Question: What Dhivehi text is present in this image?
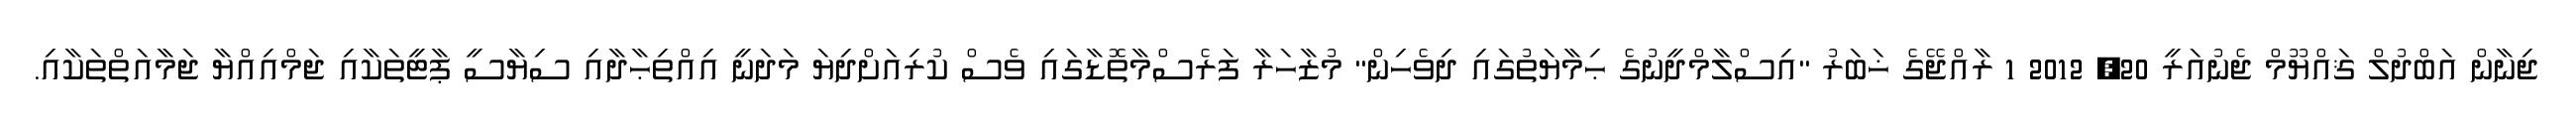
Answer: ޖިނާން އަބްދުލް ޤައްޔޫމް ޖެނުއަރީ 20, 2012 1 ރާއްޖޭގެ ޚަބަރު "އިސްލާމްދީނުގެ ޙިމާޔަތުގައި ދިވެހިން" މުޒާހަރާ ފަރެސްމާތޮޑާގައި ވެސް ކުރިއަށްދިޔަ މަދަނީ އިއްތިޙާދާއި ސިޔާސީ ޕާޓީތަކާއި ޖަމްއިއްޔާ ޖަމާއަތްތަކާއި.